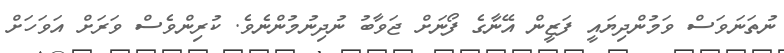
ނުތަނަވަސް ވަމުންދިޔައީ ފަޒީން އޭނާގެ ފޯނަށް ޖަވާބު ނުދިނުމުންނެވެ. ކުރިންވެސް ވަރަށް އަވަހަށް